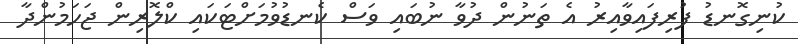
ކުނިގޮނޑު ފުރިފައިވާއިރު އެ ތަނުން ދުވާ ނުބައި ވަސް ކެނޑުވުމަށްޓަކައި ކްލޮރިން ޖަހަމުންދާ